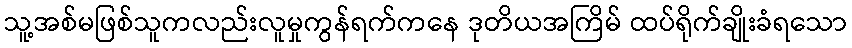
သူ့အစ်မဖြစ်သူကလည်းလူမှုကွန်ရက်ကနေ ဒုတိယအကြိမ် ထပ်ရိုက်ချိုးခံရသော